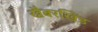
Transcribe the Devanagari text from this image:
खैबरखिंड